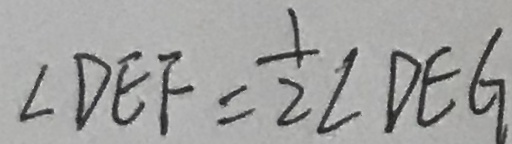
\angle D E F = \frac { 1 } { 2 } \angle D E G